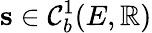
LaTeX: \mathbf{s}\in\mathcal{C}_{b}^{1}(E,\mathbb{R})